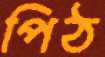
পিঠ